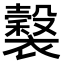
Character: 𧞒